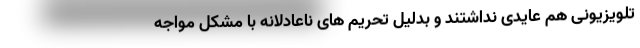
تلویزیونی هم عایدی نداشتند و بدلیل تحریم های ناعادلانه با مشکل مواجه